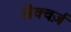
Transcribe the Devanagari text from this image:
लेक्चर्ज़